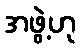
အဖွဲ့ဟု